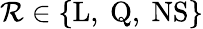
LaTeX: \mathcal{R}\in\{ \mathrm{L},~\mathrm{Q},~\mathrm{NS}\}